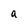
Character: a